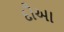
દૌઆ